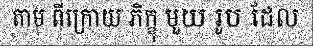
តាម ពីក្រោយ ភិក្ខុ មួយ រូប ដែល